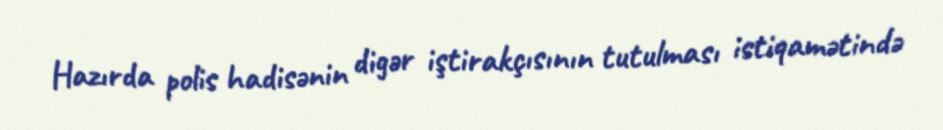
Hazırda polis hadisənin digər iştirakçısının tutulması istiqamətində